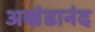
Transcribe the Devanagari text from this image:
अखंडानंद